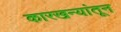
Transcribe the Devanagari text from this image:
कारखन्यांतून